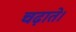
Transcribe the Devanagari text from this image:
चढ़ाते।